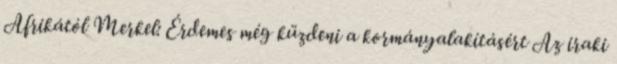
Afrikától Merkel: Érdemes még küzdeni a kormányalakításért Az iraki